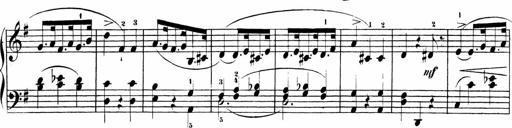
Title: Sonatinen Op.47, 98 und 136, nebst 6 Liedersonatinen
Composer: Carl Reinecke